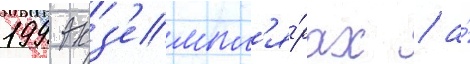
199 экз'емпл'я́рах / а́